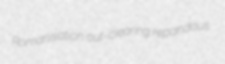
Romanisation out-clearing repandous